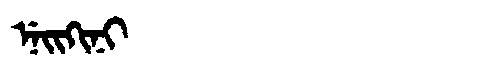
Manchu: ᠨᡝᡳᡴᡳᠨᡳ
Romanization: NEIKINI